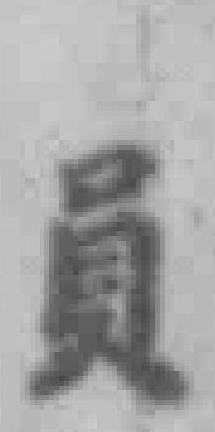
員